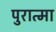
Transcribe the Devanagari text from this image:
पुरात्मा